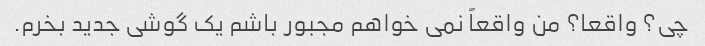
چی؟ واقعا؟ من واقعاً نمی خواهم مجبور باشم یک گوشی جدید بخرم.